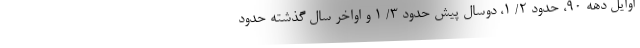
اوایل دهه ۹۰، حدود ۲/ ۱، دوسال پیش حدود ۳/ ۱ و اواخر سال گذشته حدود